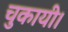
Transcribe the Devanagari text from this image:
चुकायी।